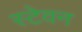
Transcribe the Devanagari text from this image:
स्टेवन